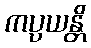
ကပ္ပယန္တိ